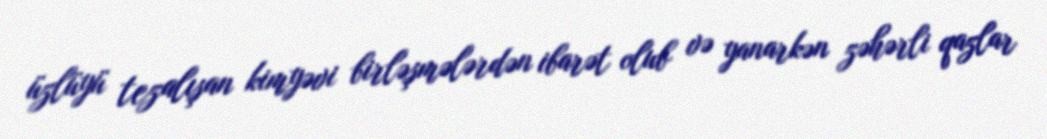
üzlüyü tezalışan kimyəvi birləşmələrdən ibarət olub və yanarkən zəhərli qazlar